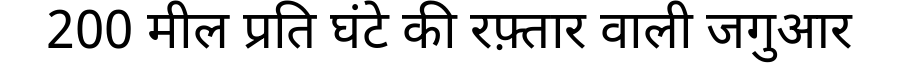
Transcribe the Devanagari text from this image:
200 मील प्रति घंटे की रफ़्तार वाली जगुआर